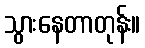
သွားနေတာတုန်း။